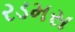
રડમસ